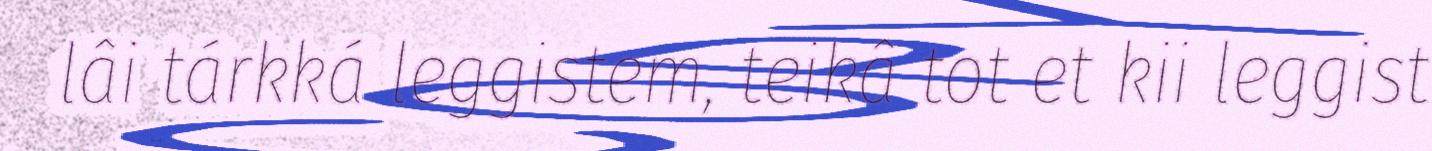
lâi tárkká leggistem, teikâ tot et kii leggist